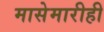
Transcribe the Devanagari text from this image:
मासेमारीही